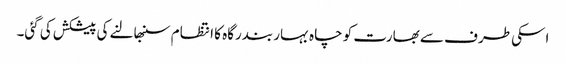
اسکی طرف سے بھارت کو چاہ بہار بندرگاہ کا انتظام سنبھالنے کی پیشکش کی گئی۔